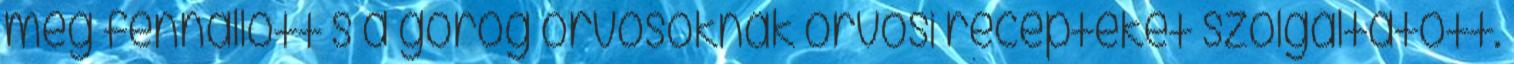
még fennállott s a görög orvosoknak orvosi recepteket szolgáltatott.